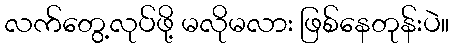
လက်တွေ့လုပ်ဖို့ မလိုမလား ဖြစ်နေတုန်းပဲ။